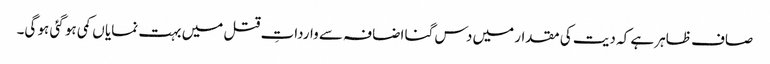
صاف ظاہر ہے کہ دیت کی مقدار میں دس گنا اضافہ سے وارداتِ قتل میں بہت نمایا ں کمی ہو گئی ہو گی۔